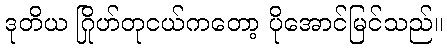
ဒုတိယ ဂြိုဟ်တုငယ်ကတော့ ပိုအောင်မြင်သည်။